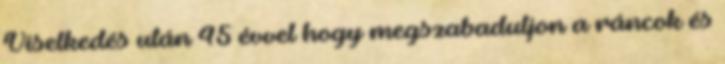
Viselkedés után 45 évvel hogy megszabaduljon a ráncok és